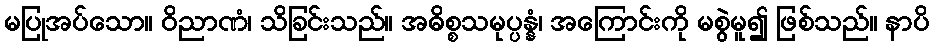
မပြုအပ်သော။ ဝိညာဏံ၊ သိခြင်းသည်။ အဓိစ္စသမုပ္ပန္နံ၊ အကြောင်းကို မစွဲမူ၍ ဖြစ်သည်။ နာပိ